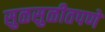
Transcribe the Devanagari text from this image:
सुळसुळीतपणे